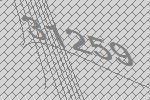
31259